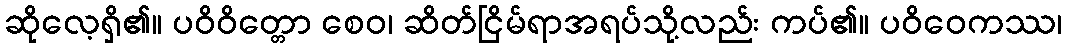
ဆိုလေ့ရှိ၏။ ပဝိဝိတ္တော စေဝ၊ ဆိတ်ငြိမ်ရာအရပ်သို့လည်း ကပ်၏။ ပဝိဝေကဿ၊